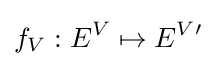
f_{V}:E^{V}\mapsto E^{V}{}'